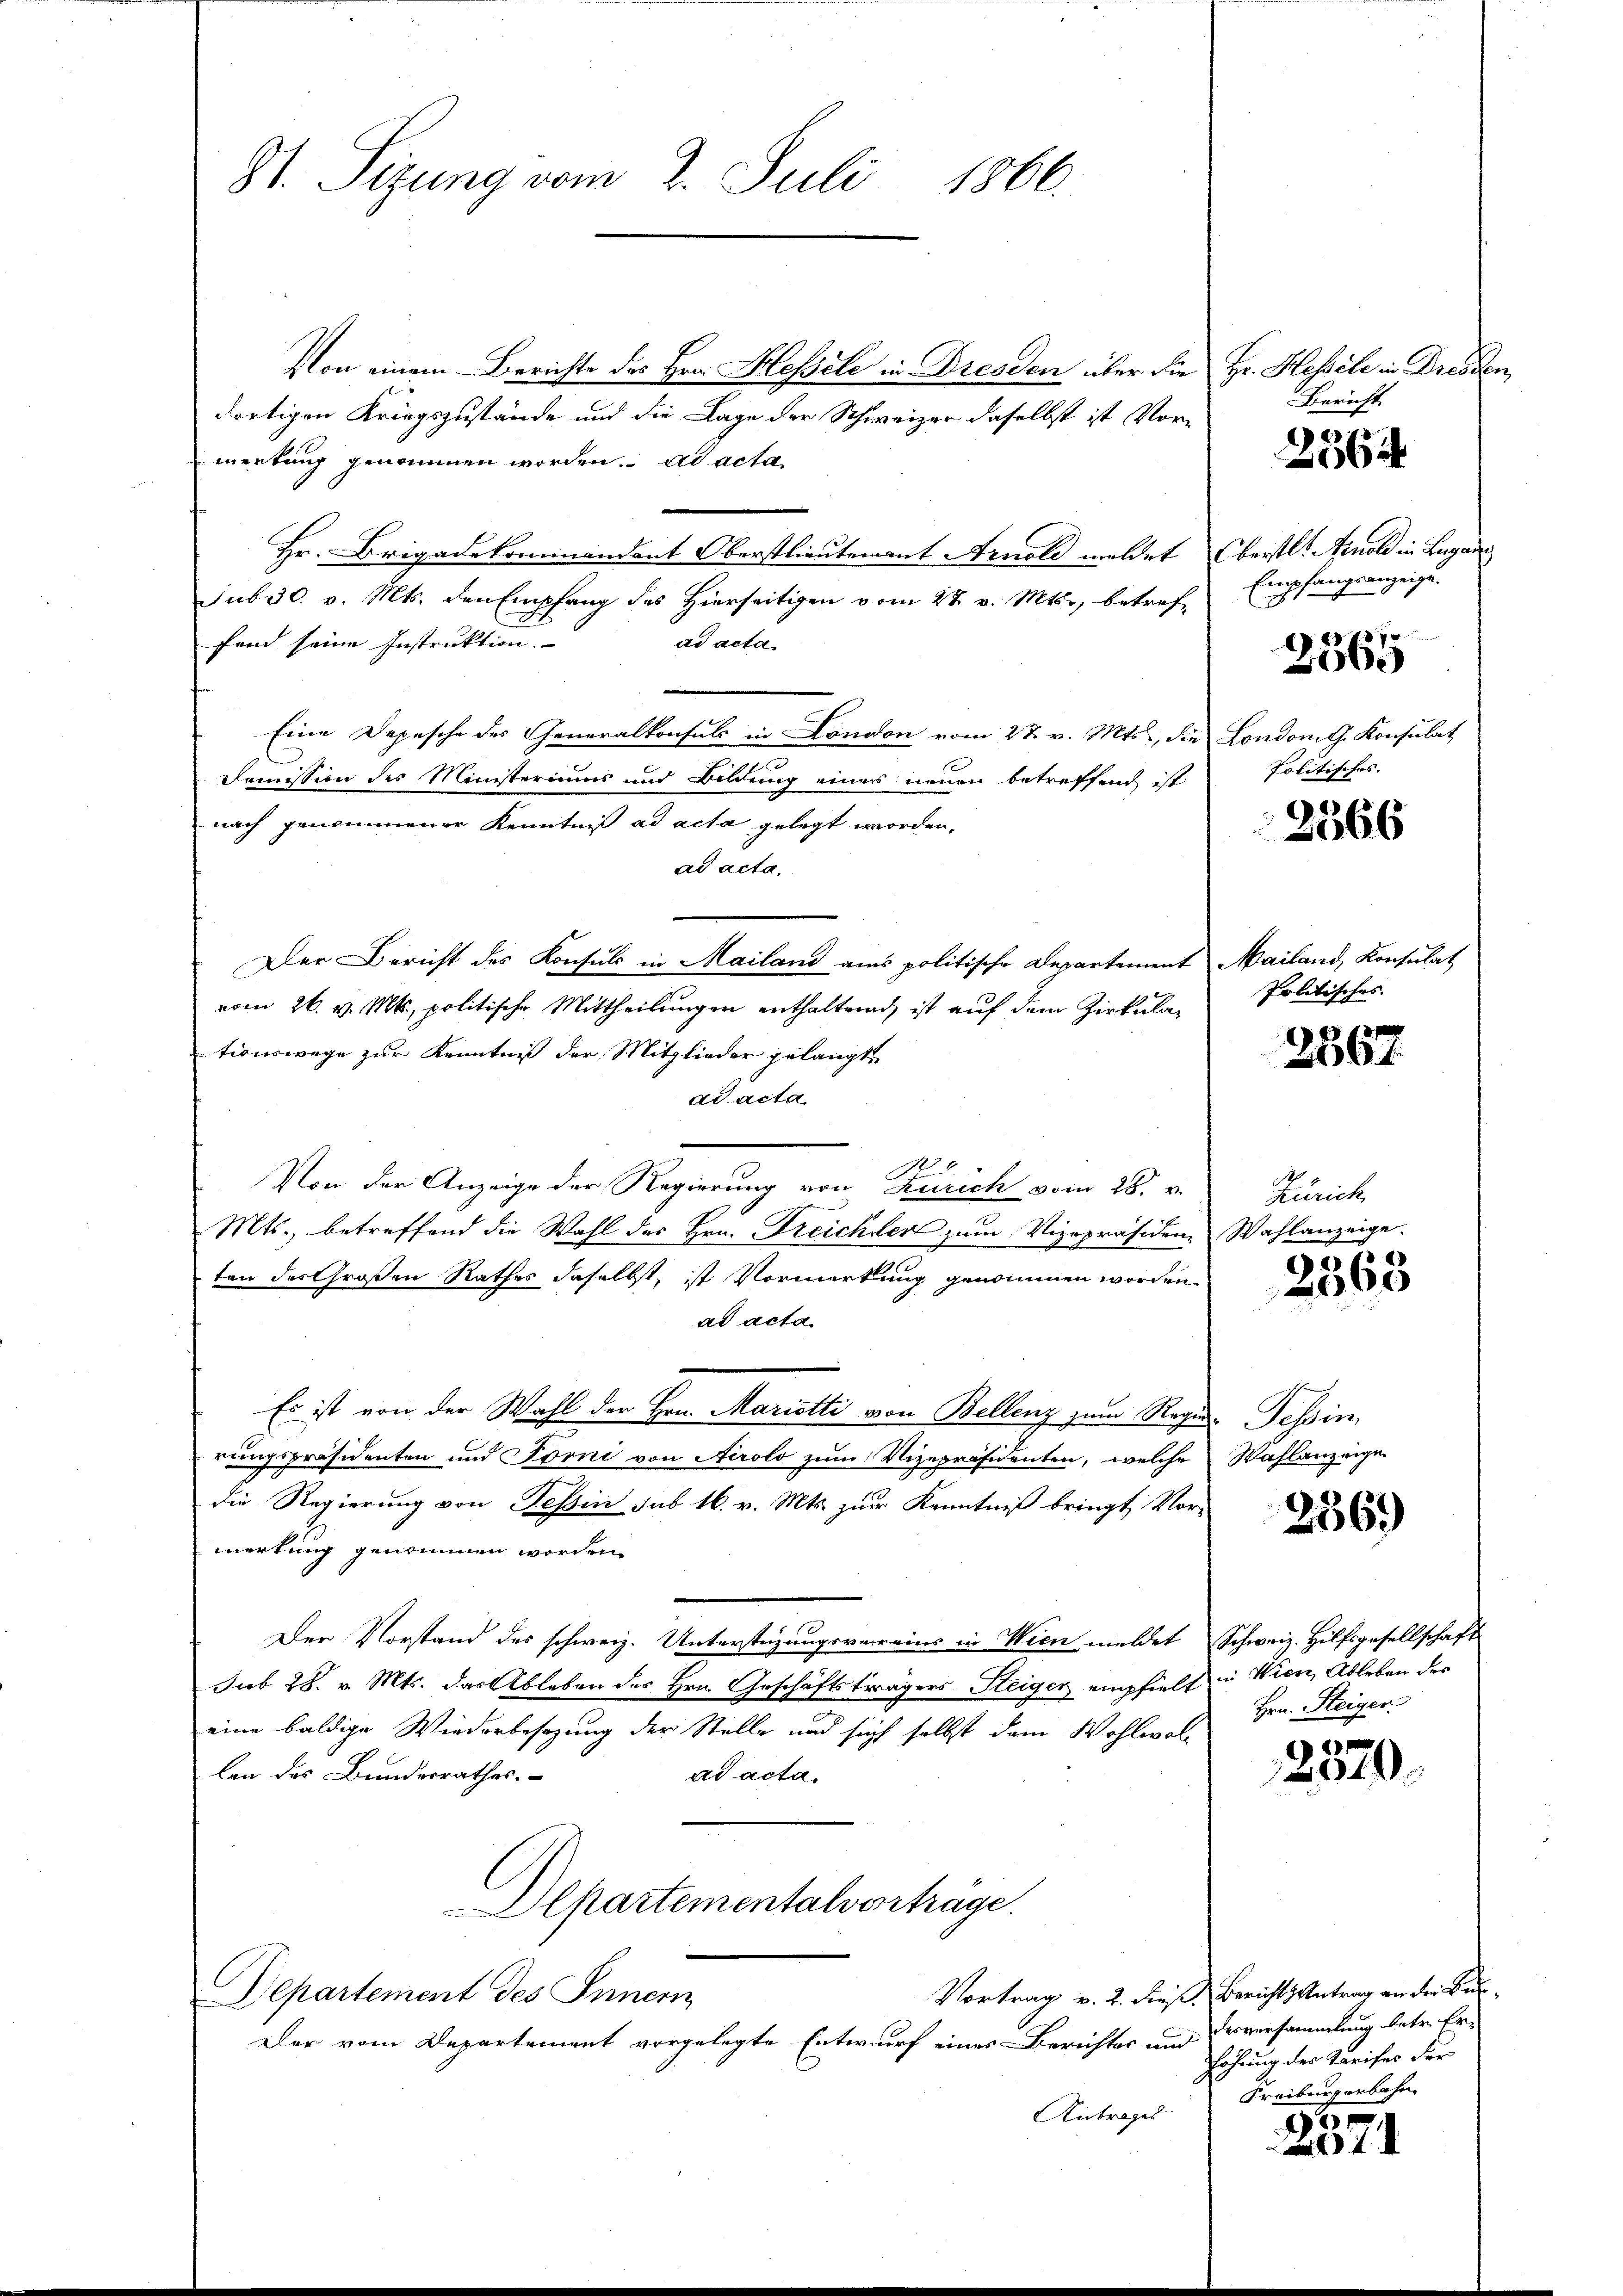
81. Sizung vom 2. Juli 1866.

Von einem Berichte des Hrn. Hessele in Dresden über die
dortigen Kriegszustände und die Lage der Schweizer daselbst ist Vor-
merkung genommen worden. ad acta
Hr. Brigadekommandant Oberstlieutenant Arnold meldet berstl. Arnold in Lugan
sub 30. v. Mts. den Empfang des Hierseitigen vom 28. v. Mts., betreffand seine Instruktion.
ad acta
Eine Depesche des Generalkonsuls in London vom 27. v. Mts., die
Domission des Ministeriums und Bildung einer neuen betreffend ist
nach genommener Kenntniß ad acta gelegt worden,
ad acta.
Der Bericht des Konsuls in Mailand aus politische Departement Mailand, Konsulat
vom 26. v. Mts., politische Mittheilungen enthaltend, ist auf dem Zirkulationswege zur Kenntniß der Mitglieder gelangt,
dd acta
Von der Anzeige der Regierung von Zürich vom 28. v.
Mts., betreffend die Wahl des Hrn. Treichter zum Vizepräsiden Wahlanzeige.
ten des Großen Rathes daselbst, ist Vormerkung genommen worden.
ad acta
Es ist von der Wahl der Hrn. Marietti von Bellenz zum Regier. Tessin,
rungspräsidenten und Forni von Airolo zum Vizepräsidenten, welche Wahlanzeigen
die Regierung von Tessin sub 16. v. Mts. zur Kenntniß bringt Vor-
merkung genommen worden.
Der Vorstand des schweiz. Unterstüzungsverreins in Wien meldet Schweiz. Hilfsgesellschaft
sub 28. v. Mts. das Ableben des Hrn. Geschäftsträgers Steiger empfielt in Wien, Ableben des
eine baldige Wiederbesezung der Stelle und sich selbst dem Wohlwol
len des Bundesrathes.
ad acta.
partementalverträge.
Vortrag v. 2. dieß Berichts Antrag an der Bun¬
Departement des Innern,
Der vom Departement vorgelegte Entwurf eines Berichtes und
Antrages

Hr. Klassele in Dresden
Bericht

2364

Empfangsanzeige.
e

2365

London. G. Konsulat
Politisches. |

2566

Politisches

2567.

Zürich.

s
068

256.)

Hrn. Steiger

2370.

desversammlung betr. Er¬
Eöhung des Parises der
Freiburgerbahn

e
1